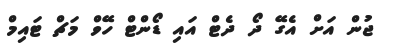
ޖުން އަށް އެގޭ ދޯ ދެޓް އައި ޑޯންޓް ހޭވް މަޗް ޓައިމް